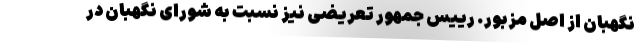
نگهبان از اصل مزبور. رییس جمهور تعریضی نیز نسبت به شورای نگهبان در